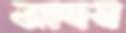
আদম